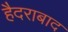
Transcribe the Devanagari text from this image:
हैैदराबाद